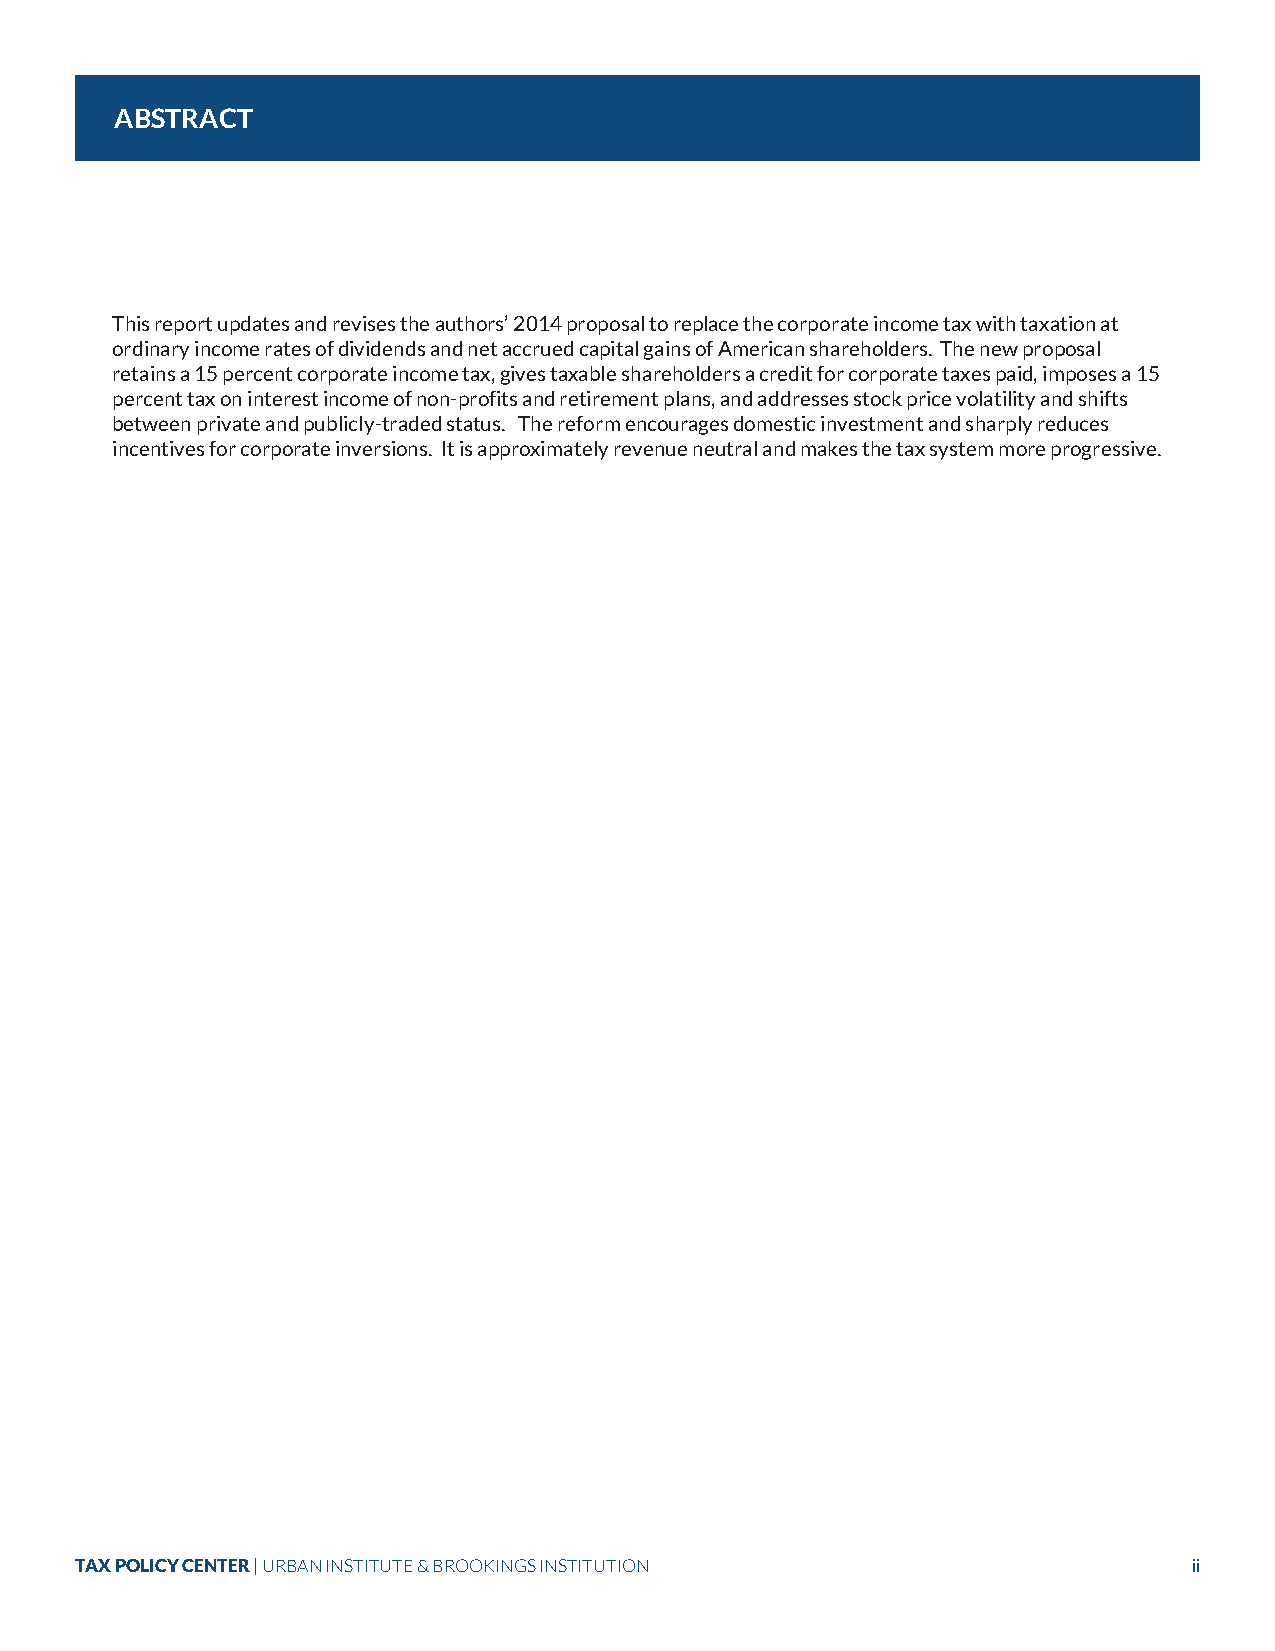
ABSTRACT
 This report updates and revises the authors’ 2014 proposal to replace the corporate income tax with taxation at
 ordinary income rates of dividends and net accrued capital gains of American shareholders. The new proposal
 retains a 15 percent corporate income tax, gives taxable shareholders a credit for corporate taxes paid, imposes a 15
 percent tax on interest income of non-profits and retirement plans, and addresses stock price volatility and shifts
 between private and publicly-traded status. The reform encourages domestic investment and sharply reduces
 incentives for corporate inversions. It is approximately revenue neutral and makes the tax system more progressive.
 TAX POLICY CENTER | URBAN INSTITUTE & BROOKINGS INSTITUTION               ii